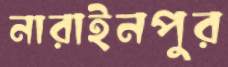
নারাইনপুর